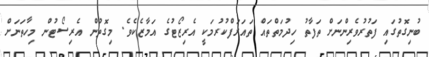
ބުނިގޮތުގައި ފަތުރުވެރިންނަށް ތަފާތު ހިދުމަތްތައް ތައަރަފްކުރުމަކީ އެރިޒޯޓުގެ އަމާޒެކެވެ. މިގޮތުން އެރިސޯޓުން މިހާތަނަށް